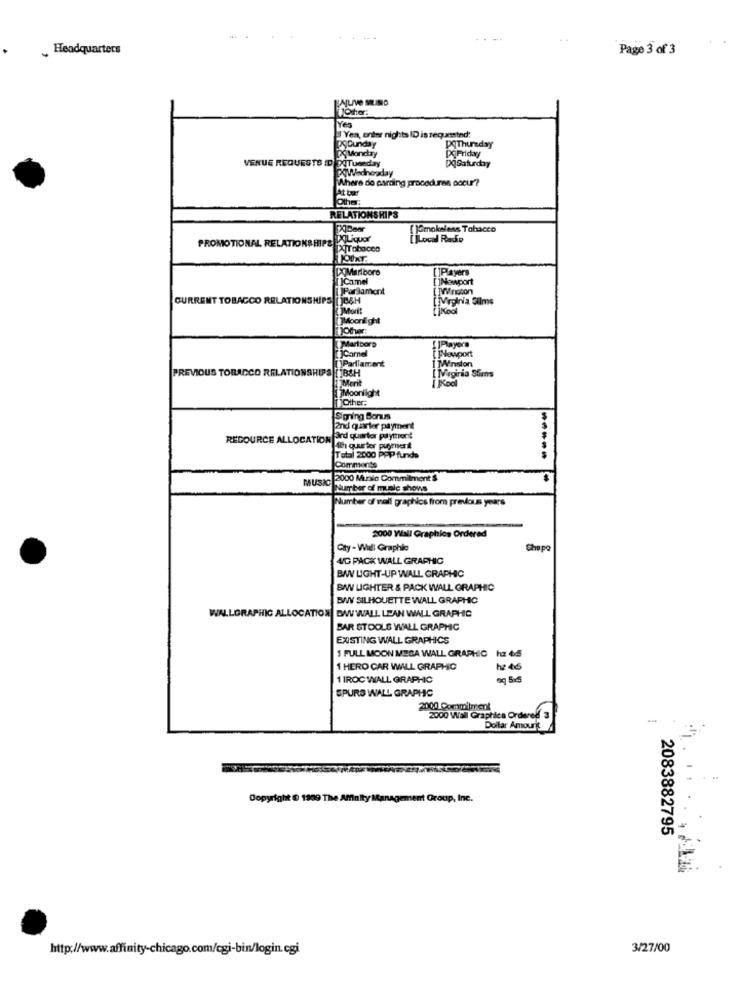
---
„ Headquarters
Page 3 of 3
Yes
Yes, enter nights ID is requested:
pgounday
PqThursday
IDS Mondtay
PCFriday
VENUE REQUESTS ID DOTuceday
PoWednesday
PQSaturday
Where do aarding procedures occur?
lat bar
Other
RELATIONSHIPS
[]Smokeless Tabacco
PROMOTIONAL RELATIONSHIPS
POLiquor
Local Rado
[X]Tobacco
DOMarlboro
[]Players
[]Camel
[]Newport
Parlament
CURRENT TOBACCO RELATIONSHIPS
[Vrginia Silme
Moonlight
Ofhver
Marlboro
Reyero
jCamel
¡Newport
PREVIOUS TOBACCO RELATION
Parliament
Mension
B&H
Kool
Megiria Stirns
Moonlight
Other:
Signing Bonus
2nd quarter payment
RESOURCE ALLOCATION
CATION rd quarter pyttronit
h que tor payment
Total 2000 PPP funds
-----
Comments
MUSIC
2000 Murilo Commitment $
Number of music shows
Number of wall graphics from previous years
2000 Wall Graphics Ordered
Qty -Wall Graphie
che po
4/C PACK WALL GRAPHIC
BAV LIGHT-UP WALL GRAPHIC
BWV LIGHTER & PACK WALL GRAPHIC
BWV SILHOUETTE WALL GRAPHIC
WALLGRAPHIC ALLOCATION BWVWALL LEAN WALL GRAPHIC
BAR STOOLS WALL GRAPHIC
EXISTING WALL GRAPHICS
1 FULL MOON MESA WALL GRAPHIC hz 44
1 HERO CAR WILL GRAPHIC
hz 46
1 IROC WALL GRAPHIC
6 5x5
SPURS WALL GRAPHIC
2000 Commitment
2000 Wall Graphics Ordered!
Dollar Amourit
Copyright @ 1909 The Affinity Management Group, Inc.
2083882795
http://www.affinity-chicago.com/cgi-bin/login.cgi
3/27/00